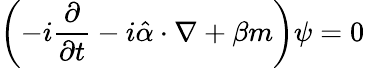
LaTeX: \left(-i{\frac{\partial}{\partial t}}-i{\hat{\alpha}}\cdot\nabla+\beta m\right)\psi=0